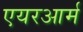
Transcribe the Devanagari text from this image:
एयरआर्म